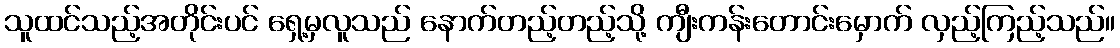
သူထင်သည့်အတိုင်းပင် ရှေ့မှလူသည် နောက်တည့်တည့်သို့ ကျီးကန်းတောင်းမှောက် လှည့်ကြည့်သည်။